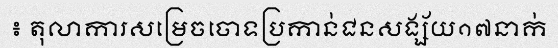
៖ តុលាការសម្រេចចោទប្រកាន់ជនសង្ស័យ១៧នាក់